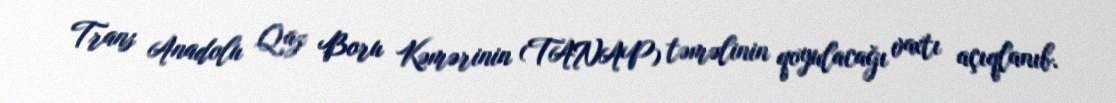
Trans Anadolu Qaz Boru Kəmərinin (TANAP) təməlinin qoyulacağı vaxtı açıqlanıb.